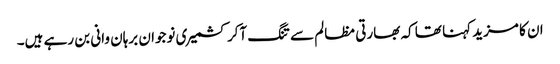
ان کا مزید کہنا تھا کہ بھارتی مظالم سے تنگ آکر کشمیری نوجوان برہان وانی بن رہے ہیں۔